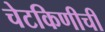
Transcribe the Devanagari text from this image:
चेटकिणीची